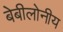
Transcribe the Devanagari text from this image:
बेबीलोनीय